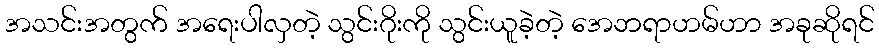
အသင်းအတွက် အရေးပါလှတဲ့ သွင်းဂိုးကို သွင်းယူခဲ့တဲ့ အေဘရာဟမ်ဟာ အခုဆိုရင်